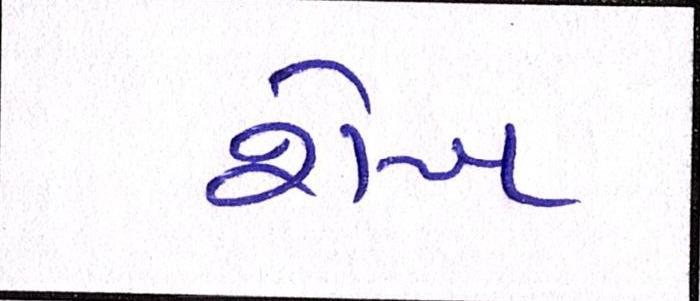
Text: શેખ